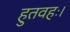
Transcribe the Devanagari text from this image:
हुतवहः।